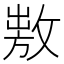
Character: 𢾕